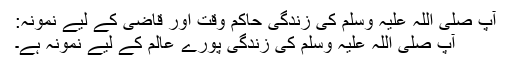
آپ صلی اللہ علیہ وَسلم کی زندگی حاکم وقت اور قاضی کے لیے نمونہ:
آپ صلی اللہ علیہ وَسلم کی زندگی پورے عالم کے لیے نمونہ ہے۔